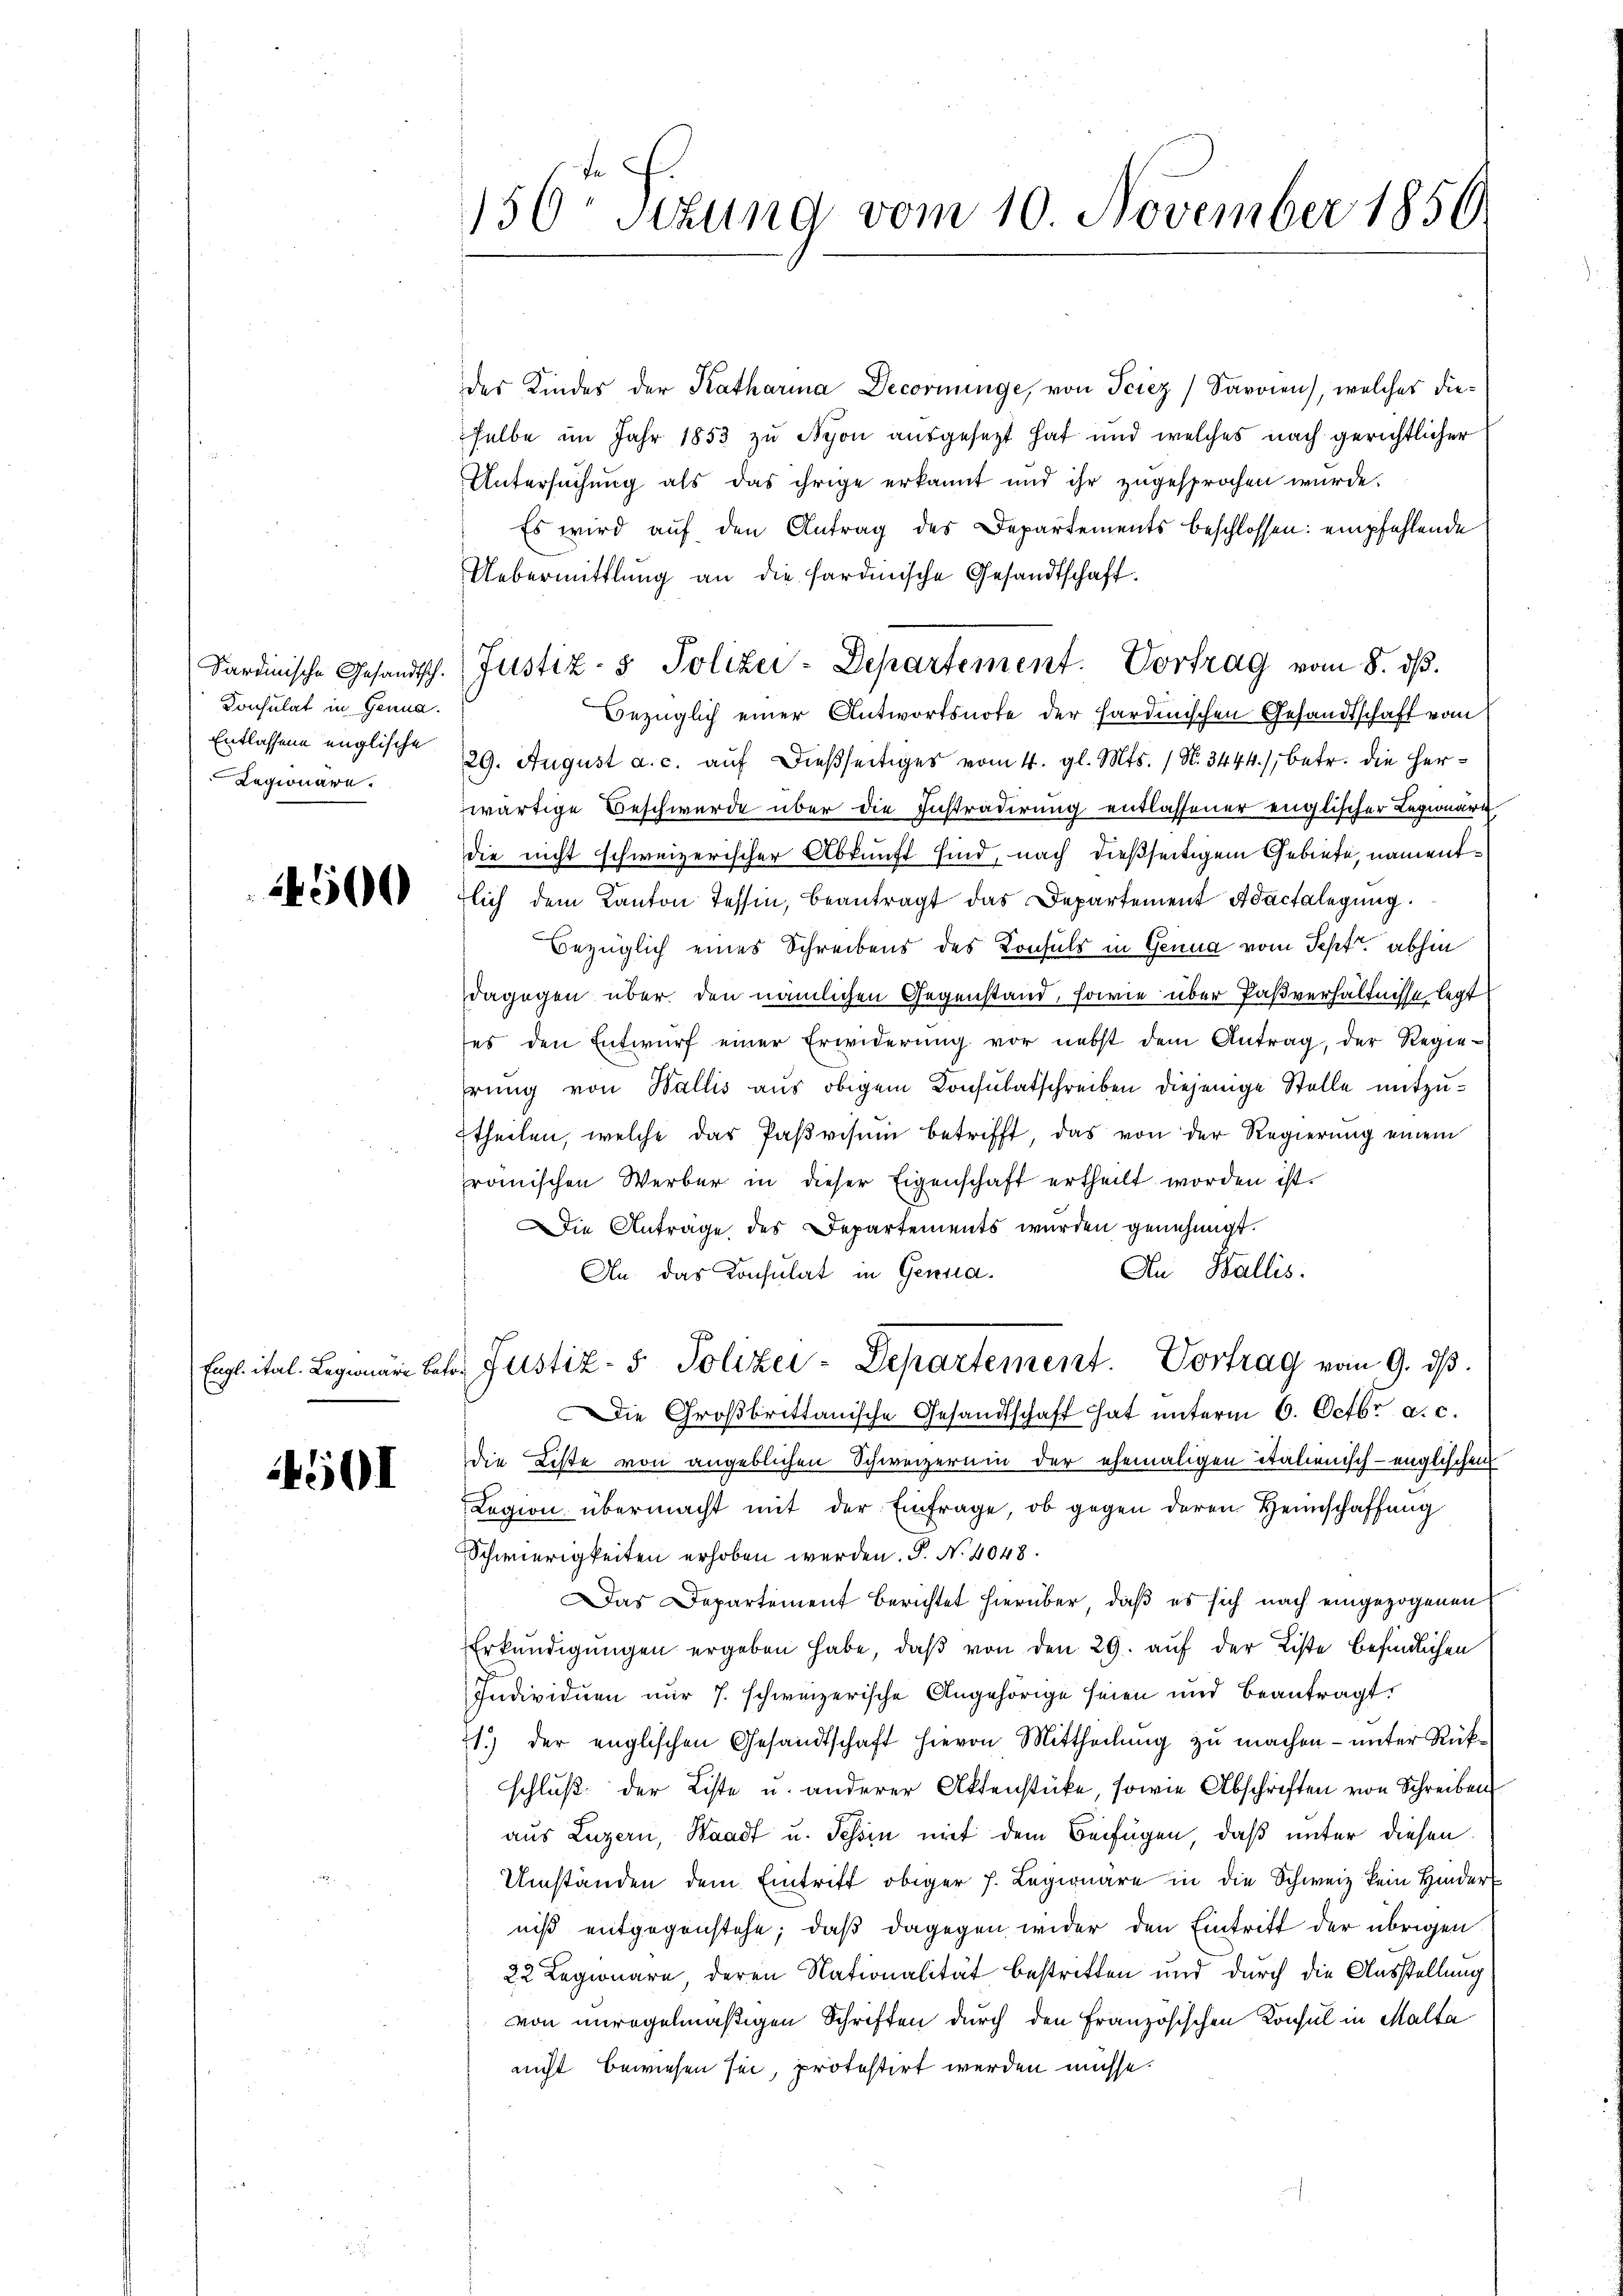
Konsulat in Genua.
Entlassene englische
Regionäre.

500

4501

156 schung vom 10. November 1856.

der Kinder der Katharina Decorininge, von Sciez) Saroien), welches dieselbe im Jahr 1853 zu Nyon ausgesezt hat und welches nach gerichtlicher
Untersuchung als das ihrige erkannt und ihr zugesprochen wurde.
Es wird auf den Antrag des Departements beschlossen: empfehlende
Uebermittlung an die sardinische Gesandtschaft
Sardinische Gesandtsch. Justiz- & Polizei-Departement. Vortrag vom 8. dβ.
Bezüglich einer Antwortsnote der sardinischen Gesandtschaft vom
29. August a. c. aŭf dießseitiges vom 4. gl. Mts. / N. 3444), betr. die Herwärtige Beschwerde über die Instradirung entlassener englischer Legionäre
die nicht schweizerischer Abkunft sind, nach dießseitigem Gebiete, namentlich dem Kanton Tessin, beantragt das Departement Adactelegung.
Bezüglich eines Schreibens des Konsuls in Genua vom Sept. abhin
dagegen über den nämlichen Gegenstand, sowie über Paßverhältnisse legt
es den Entwŭrf einer Erwiderŭng vor nebst dem Antrag, der Regie-
hrung von Wallis aus obigem Konsulatschreiben diejenige Stelle mitzutheilen, welche das Paβvisum betrifft, das von der Regierung einem
römischen Werber in dieser Eigenschaft ertheilt worden ist.
Die Anträge des Departements wurden genehmigt.
An Wallis.
An das Konsulat in Genua¬
Ergl. ital. Begnare betr. Justiz- & Polizei-Departement. Vortrag vom 9. ds.
Die Großbrittanische Gesandtschaft hat unterm 6. Octbr. a. c.
die Liste von angeblichen Schweizernin der ehemaligen italienisch-englischen
Legion übermacht mit der Einfrage, ob gegen deren Heimschaffung
Schwierigkeiten erhoben werden. P. N. 4048.
Das Departement berichtet hierüber, daß es sich nach eingezogenen
Erkundigungen ergeben habe, daß von den 29. auf der Liste befindlichen
Individuen nur 7. schweizerische Angehörige seien und beantragt.
1.) der englischen Gesandtschaft hievon Mittheilung zu machen – unter Rückschluß der Liste u. anderer Aktenstücke, sowie Abschriften von Schreiben
aus Luzern, Waadt u. Tessin mit dem Beifügen, daß unter diesen
Umständen dem Eintrift obiger h. Legionare in die Schweiz kein Hinder
niß entgegenstehe; daß dagegen wider den Eintritt der übrigen
22 Legionare, deren Nationalität bestritten und durch die Ausstellung
von unregelmäßigen Schriften durch den Französischen Konsul in Malta
nicht bewiesen sei, protestirt werden müsse.